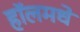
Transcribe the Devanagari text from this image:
हॉलमधे